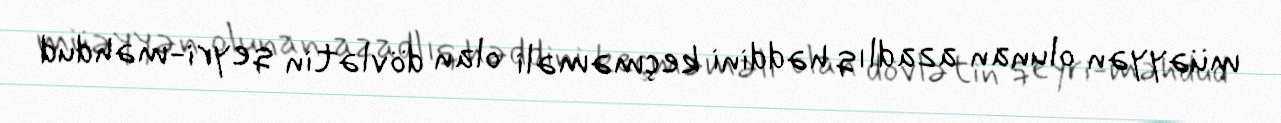
müəyyən olunan azadlıq həddini keçməməli olan dövlətin qeyri-məhdud